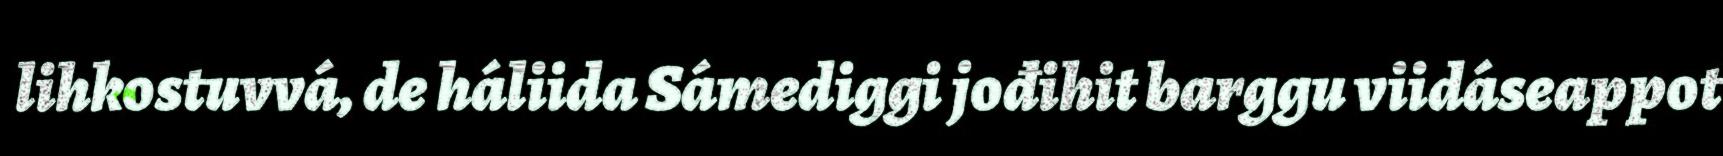
lihkostuvvá, de háliida Sámediggi jođihit barggu viidáseappot